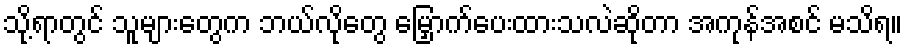
သို့ရာတွင် သူများတွေက ဘယ်လိုတွေ မြှောက်ပေးထားသလဲဆိုတာ အကုန်အစင် မသိရ။